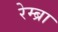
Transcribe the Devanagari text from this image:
रेम्ब्रा